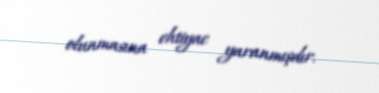
olunmasına ehtiyac yaranmışdır.